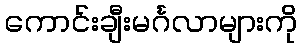
ကောင်းချီးမင်္ဂလာများကို